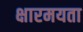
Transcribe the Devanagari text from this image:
क्षारमयता